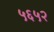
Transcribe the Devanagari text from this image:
५६५२